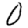
Digit: 0